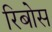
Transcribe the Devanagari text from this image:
रिबोस